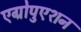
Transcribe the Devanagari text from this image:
एग्रोपुएशन